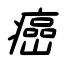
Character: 癌